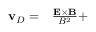
\begin{array} { r l } { \mathbf { v } _ { D } = } & { { } \frac { \mathbf { E } \times \mathbf { B } } { B ^ { 2 } } + } \end{array}